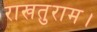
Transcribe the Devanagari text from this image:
राखतुराम।